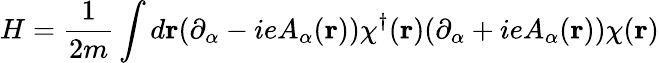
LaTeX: H=\frac{1}{2m}\int d{\mathbf r}(\partial_{\alpha}-ieA_{\alpha}({\mathbf r}))\chi^{\dagger}({\mathbf r})(\partial_{\alpha}+ieA_{\alpha}({\mathbf r}))\chi({\mathbf r})